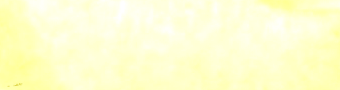
Open Late